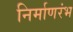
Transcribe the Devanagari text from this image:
निर्माणरंभ